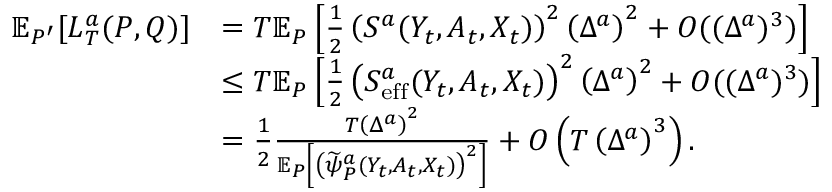
\begin{array} { r l } { \mathbb { E } _ { P ^ { \prime } } [ L _ { T } ^ { a } ( P , Q ) ] } & { = T \mathbb { E } _ { P } \left[ \frac { 1 } { 2 } \left( S ^ { a } ( Y _ { t } , A _ { t } , X _ { t } ) \right) ^ { 2 } \left( \Delta ^ { a } \right) ^ { 2 } + O ( ( \Delta ^ { a } ) ^ { 3 } ) \right] } \\ & { \leq T \mathbb { E } _ { P } \left[ \frac { 1 } { 2 } \left( S _ { \mathrm { e f f } } ^ { a } ( Y _ { t } , A _ { t } , X _ { t } ) \right) ^ { 2 } \left( \Delta ^ { a } \right) ^ { 2 } + O ( ( \Delta ^ { a } ) ^ { 3 } ) \right] } \\ & { = \frac { 1 } { 2 } \frac { T \left( \Delta ^ { a } \right) ^ { 2 } } { \mathbb { E } _ { P } \left[ \left( \widetilde { \psi } _ { P } ^ { a } ( Y _ { t } , A _ { t } , X _ { t } ) \right) ^ { 2 } \right] } + O \left( T \left( \Delta ^ { a } \right) ^ { 3 } \right) . } \end{array}